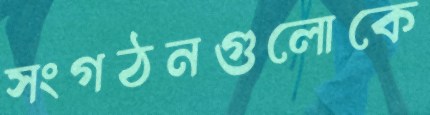
সংগঠনগুলোকে